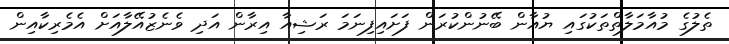
ތެލުގެ މުއާމަލާތްތަކުގައި ޔުއާން ބޭނުންކުރަން ފަށައިފިނަމަ ރަޝިއާ އިރާން އަދި ވެނެޒުއޭލާއަށް އެމެރިކާއިން